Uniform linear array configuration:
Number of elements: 8
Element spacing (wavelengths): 1
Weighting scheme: cosine
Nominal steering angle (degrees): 0
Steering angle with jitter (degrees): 0.02356
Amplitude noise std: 0.05
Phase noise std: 0.05

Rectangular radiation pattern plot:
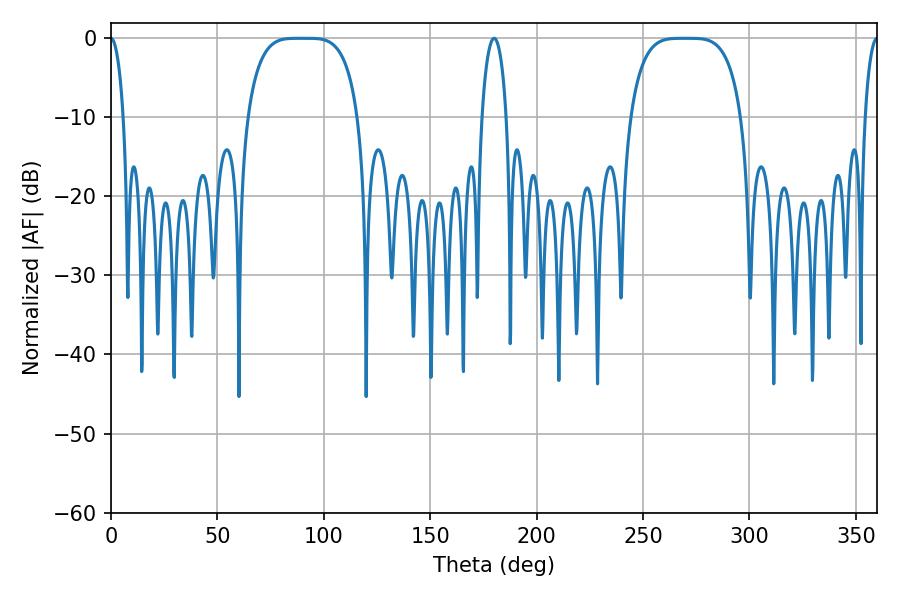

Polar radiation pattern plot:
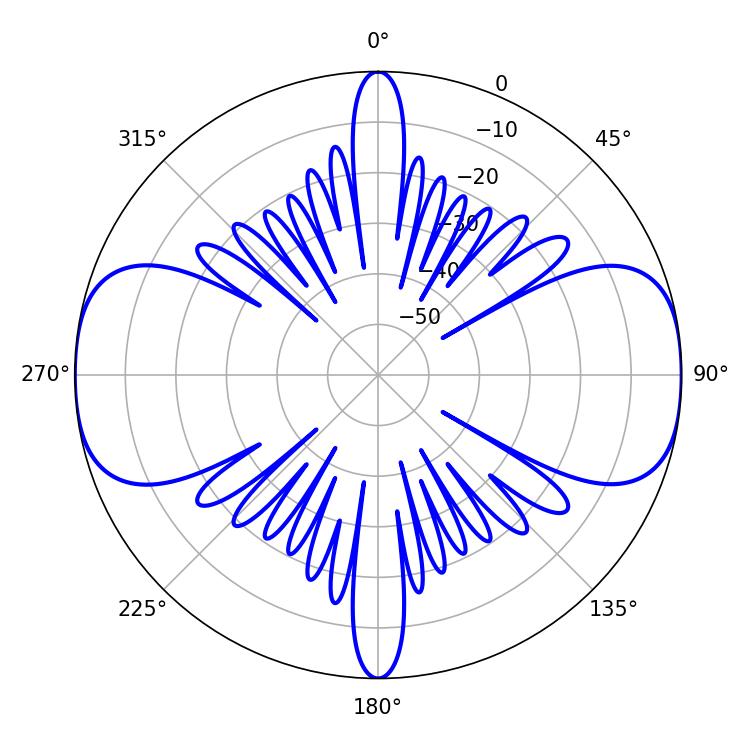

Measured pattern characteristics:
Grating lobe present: TRUE
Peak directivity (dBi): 26.73
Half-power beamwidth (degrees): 39.24
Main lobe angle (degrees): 88.38